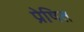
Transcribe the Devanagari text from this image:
प्रेषित